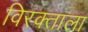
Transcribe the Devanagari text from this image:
विरक्ताला